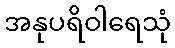
အနုပရိဝါရေသုံ